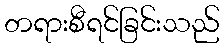
တရားစီရင်ခြင်းသည်